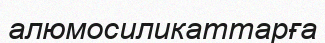
алюмосиликаттарға